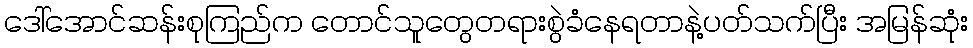
ဒေါ်အောင်ဆန်းစုကြည်က တောင်သူတွေတရားစွဲခံနေရတာနဲ့ပတ်သက်ပြီး အမြန်ဆုံး